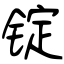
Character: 锭